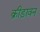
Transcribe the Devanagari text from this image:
क्रीड़ावन